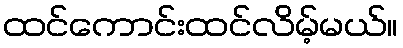
ထင်ကောင်းထင်လိမ့်မယ်။